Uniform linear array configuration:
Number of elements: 32
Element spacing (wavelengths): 0.75
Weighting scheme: binomial
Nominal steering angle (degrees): -15
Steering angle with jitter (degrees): -13.134
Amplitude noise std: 0.05
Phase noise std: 0.05

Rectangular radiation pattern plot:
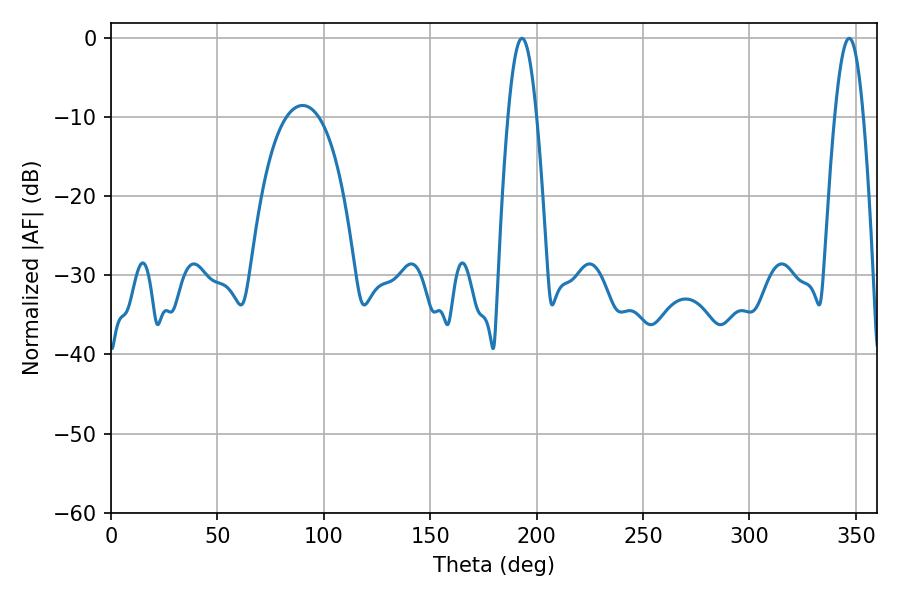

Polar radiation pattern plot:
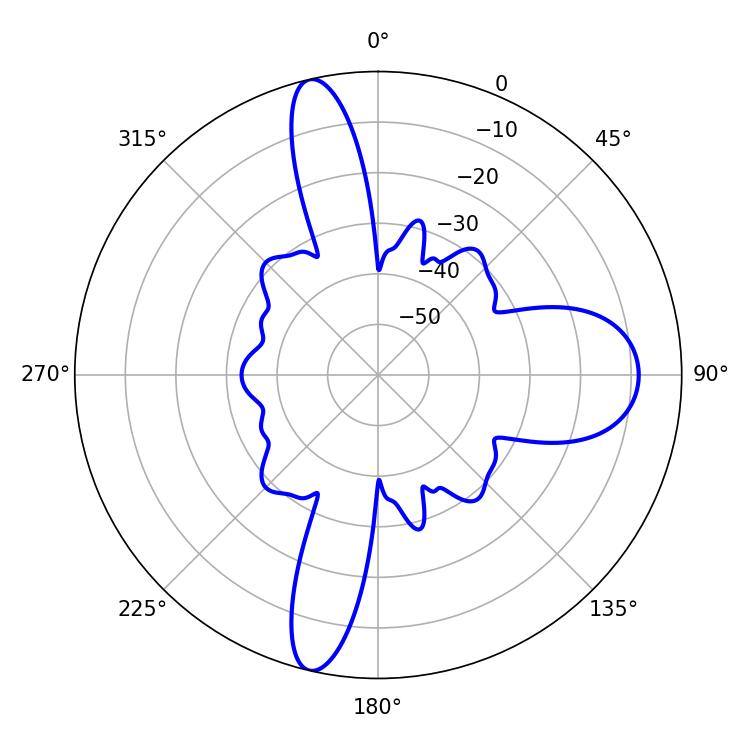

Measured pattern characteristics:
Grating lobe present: TRUE
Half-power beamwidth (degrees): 7.2
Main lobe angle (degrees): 193.14